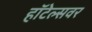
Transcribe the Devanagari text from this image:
हॉटेल्सवर